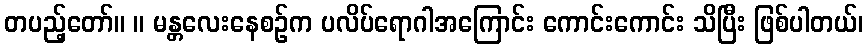
တပည့်တော်။ ။ မန္တလေးနေစဉ်က ပလိပ်ရောဂါအကြောင်း ကောင်းကောင်း သိပြီး ဖြစ်ပါတယ်၊